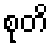
စုတိ